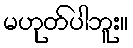
မဟုတ်ပါဘူး။